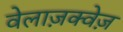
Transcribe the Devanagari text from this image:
वेलाज़क्वेज़